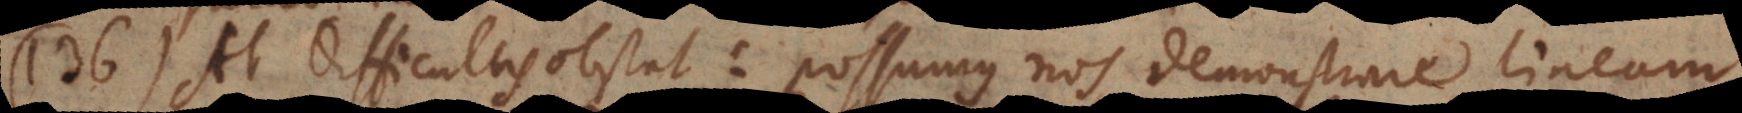
136) At difficultas obstat: possumus nos demonstrare lineam